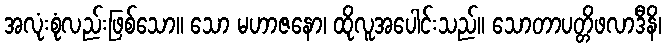
အလုံးစုံလည်းဖြစ်သော။ သော မဟာဇနော၊ ထိုလူအပေါင်းသည်။ သောတာပတ္တိဖလာဒီနိ၊